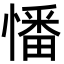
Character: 憣